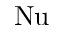
\mathrm { N u }